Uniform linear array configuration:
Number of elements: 16
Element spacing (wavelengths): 0.25
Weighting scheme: hamming
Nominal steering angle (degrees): -45
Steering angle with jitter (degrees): -46.474
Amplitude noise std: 0.05
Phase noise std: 0.05

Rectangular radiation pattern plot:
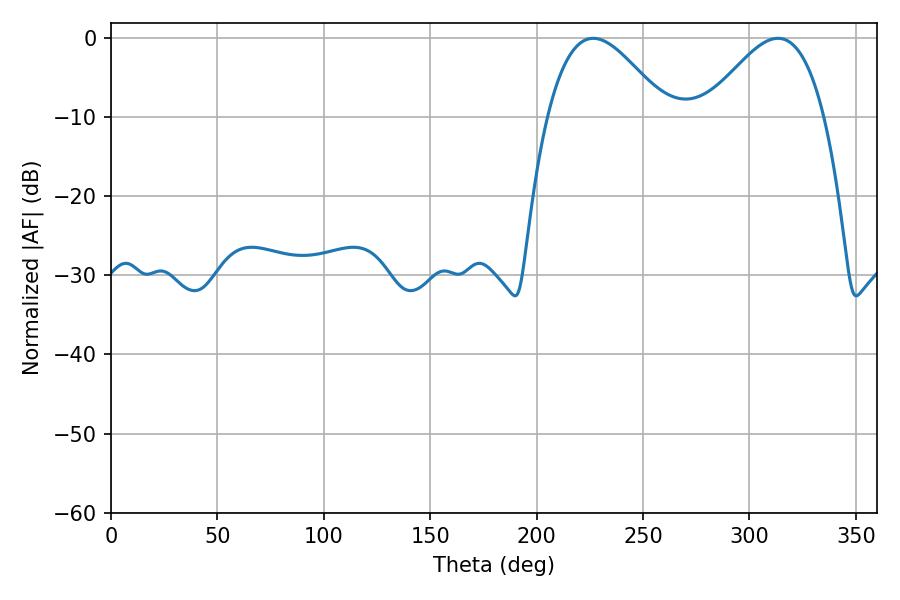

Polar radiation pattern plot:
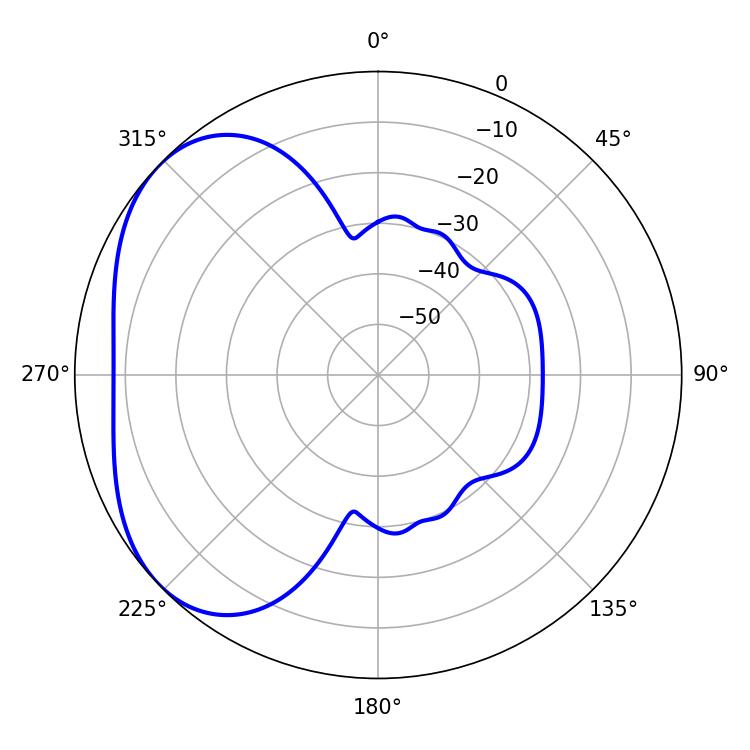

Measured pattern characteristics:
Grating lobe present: FALSE
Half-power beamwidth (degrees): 30.06
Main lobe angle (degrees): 226.62